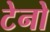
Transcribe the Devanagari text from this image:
टेनो